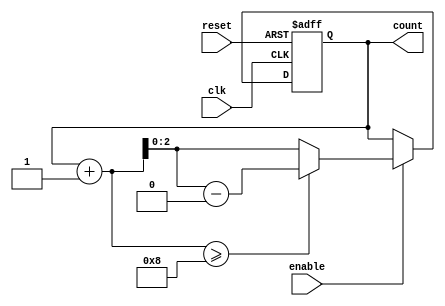
`timescale 1ns / 1ps
//////////////////////////////////////////////////////////////////////////////////
// Company: 
// Engineer: 
// 
// Design Name: 
// Module Name: countModN
// Project Name: 
// Target Devices: 
// Tool Versions: 
// Description: 
// 
// Dependencies: 
// 
// Revision:
// Revision 0.01 - File Created
// Additional Comments:
// 
//////////////////////////////////////////////////////////////////////////////////

`timescale 1ns / 1ps

module modulo_counter #(parameter x = 3, parameter n = 8) (
  input clk, reset, enable,
  output reg [x-1:0] count
);

  always @(posedge clk or posedge reset) begin
    if (reset == 1) begin
      count <= {x{1'b0}};  // Reset the counter
    end
    else if (enable == 1) begin
      if (count + 1 >= n)  // Check for overflow
        count <= count + 1 - n;
      else
        count <= count + 1;
    end
  end

endmodule